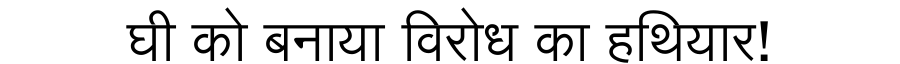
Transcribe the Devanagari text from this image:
घी को बनाया विरोध का हथियार!